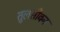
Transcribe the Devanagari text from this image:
तुलसीवन